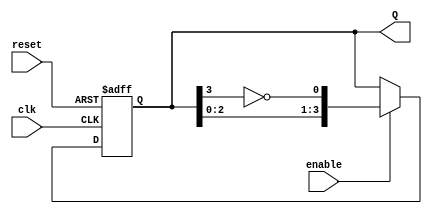
module Johnson_Counter #(
    parameter N = 4 // Number of stages (flip-flops)
)(
    input wire clk,         // Clock signal
    input wire reset,       // Asynchronous reset signal
    input wire enable,      // Enable signal
    output reg [N-1:0] Q    // Output state of the counter
);

// Internal signal for the feedback
wire feedback;

assign feedback = ~Q[N-1]; // Feedback from the last flip-flop (inverted)

always @(posedge clk or posedge reset) begin
    if (reset) begin
        Q <= 0; // Initialize all flip-flops to 0
    end else if (enable) begin
        Q <= {Q[N-2:0], feedback}; // Shift and update state
    end
end

endmodule